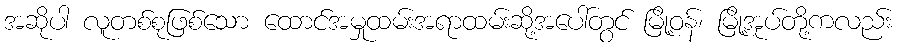
အဆိုပါ လူတစ်စုဖြစ်သော ထောင်အမှုထမ်းအရာထမ်းဆို့အပေါ်တွင် မြို့ဝန်၊ မြို့အုပ်တို့ကလည်း